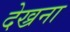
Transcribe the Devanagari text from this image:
देख्रना